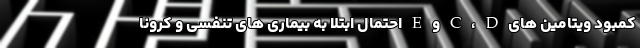
کمبود ویتامین های C ، D و E احتمال ابتلا به بیماری های تنفسی و کرونا